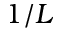
1 / L